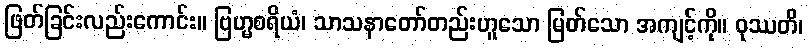
ဖြတ်ခြင်းလည်းကောင်း။ ဗြဟ္မစရိယံ၊ သာသနာတော်တည်းဟူသော မြတ်သော အကျင့်ကို။ ဝုဿတိ၊